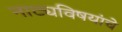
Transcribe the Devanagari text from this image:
नाट्यविषयांचे